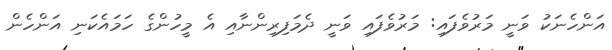
އަންހެނަކު ވަނީ މަރުވެފައި: މަރުވެފައި ވަނީ ދެމަފިރިންނާއި އެ މީހުންގެ ހަމައެކަނި އަންހެން